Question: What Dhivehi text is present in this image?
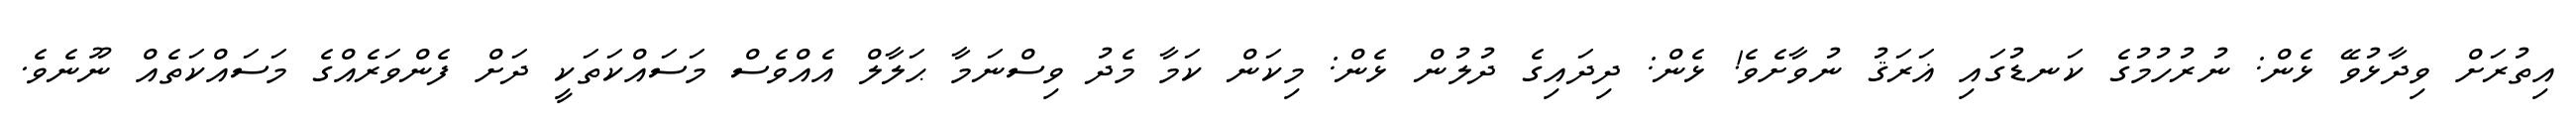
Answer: އިތުރަށް ވިދާޅުވޭ ޅެން: ނުރުހުމުގެ ކަނޑުގައި ޣަރަޤު ނުވާށެވެ! ޅެން: ދިދައިގެ ދުލުން ޅެން: މިކަން ކަމާ މެދު ވިސްނަމާ ޙަލާލް އެއްވެސް މަސައްކަތަކީ ދަށް ފެންވަރެއްގެ މަސައްކަތެއް ނޫނެވެ.